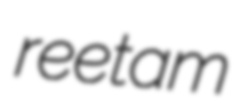
reetam